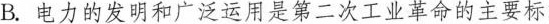
B.电力的发明和广泛运用是第二次工业革命的主要标志